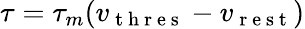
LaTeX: \tau=\tau_{m}(v_{\mathrm{~t~h~r~e~s~}}-v_{\mathrm{~r~e~s~t~}})